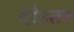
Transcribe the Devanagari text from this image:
दोउतर